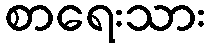
စာရေးသား